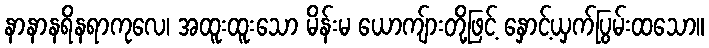
နာနာနရိနရာကုလေ၊ အထူးထူးသော မိန်းမ ယောကျ်ားတို့ဖြင့် နှောင့်ယှက်ပြွမ်းထသော။